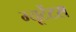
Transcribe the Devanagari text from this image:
म्यूटेंटस